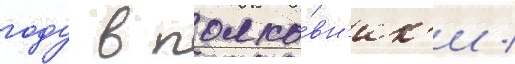
году в полко́вн'ик'и /